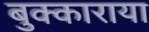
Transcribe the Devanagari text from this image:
बुक्काराया